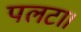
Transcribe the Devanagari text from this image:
पलटा।